Bursary Schemes. (Education (Scotland) Act, 1918, sections 4 and 6(1)(b)), 1918
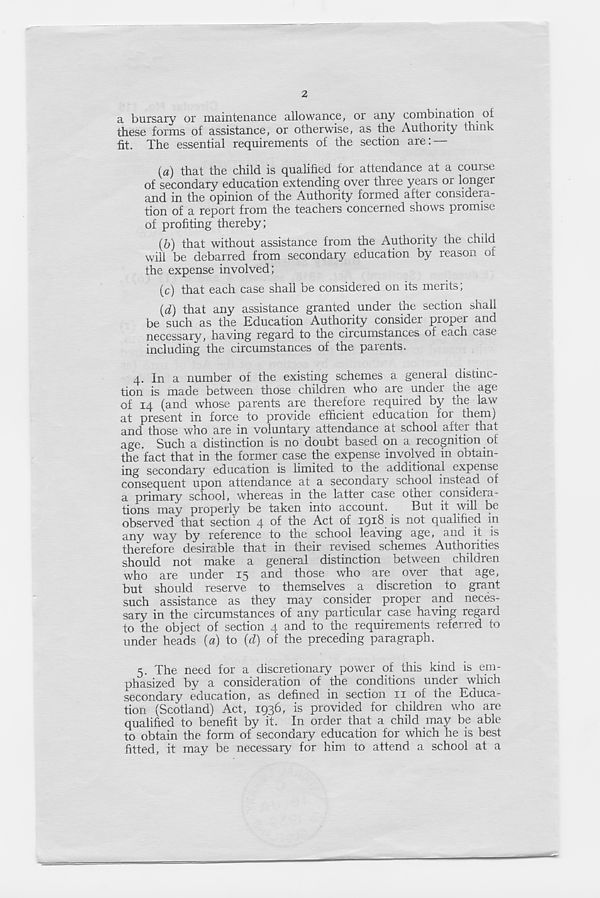
2
a bursary or maintenance allowance, or any combination ot
these forms of assistance, or otherwise, as the Authority think
fit. The essential requirements of the section are:
{a) that the child is qualified for attendance at a course
of secondary education extending over three years or longer
and in the opinion of the Authority formed after considera-
tion of a report from the teachers concerned shows promise
of profiting thereby;
(6) that without assistance from the Authority the child
will be debarred from secondary education by reason ot
the expense involved;
(c) that each case shall be considered on its merits;
(d) that any assistance granted under the section shall
be such as the Education Authority consider proper and
necessary, having regard to the circumstances of each case
including the circumstances of the parents.
4. In a number of the existing schemes a general distinc-
tion is made between those children who are under the age
of 14 (and whose parents are therefore required by the law
at present in force to provide efficient education for themj
and those who are in voluntary attendance at school after that
age. Such a distinction is no doubt based on a recognition of
the fact that in the former case the expense involved in obtain-
ing secondary education is limited to the additional expense
consequent upon attendance at a secondary school instead of
a primary school, whereas in the latter case oihei consideia-
tions may properly be taken into account.
But it will be
observed that section 4 of the Act of 1918 is not qualified in
an}/ way by reference to the school leaving age, and it is
therefore desirable that in their revised schemes Authorities
should not make a general distinction between children
who are under 15 and those who are over that age,
but should reserve to themselves a discretion to grant
such assistance as they may consider proper and neces-
sary in the circumstances of any particular case having regard
to the object of section 4 and to the requirements referred to
under heads {a) to {d) of the preceding paragraph.
5. The need for a discretionary power of this kind is em-
phasized by a consideration of the conditions under which
secondary education, as defined in section 11 of tne Educa-
tion (Scotland) Act, 1936, is provided for children who are
qualified to benefit by it. In order that a child may be able
to obtain the form of secondary education for which he is best
fitted, it may be necessary for him to attend a school at a